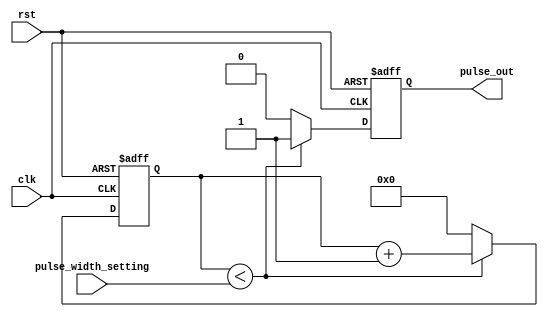
module VariablePulseWidthGenerator (
    input wire clk,
    input wire rst,
    input wire [7:0] pulse_width_setting,
    output reg pulse_out
);

reg [7:0] counter;

always @(posedge clk or posedge rst) begin
    if (rst) begin
        counter <= 8'b0;
        pulse_out <= 1'b0;
    end else begin
        if (counter < pulse_width_setting) begin
            pulse_out <= 1'b1;
            counter <= counter + 1;
        end else begin
            pulse_out <= 1'b0;
            counter <= 8'b0;
        end
    end
end

endmodule